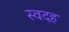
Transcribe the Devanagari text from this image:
स्वदह